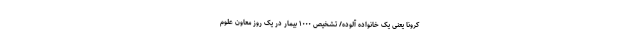
کرونا یعنی یک خانواده آلوده/ تشخیص ۱۰۰۰ بیمار در یک روز معاون علوم